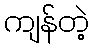
ကျန်တဲ့